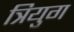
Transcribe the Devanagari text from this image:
त्रियुग